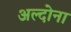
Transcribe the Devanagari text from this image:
अल्दोना